Calcutta medical institutions reports 1879-81 [i.e.91]
Year: 1879
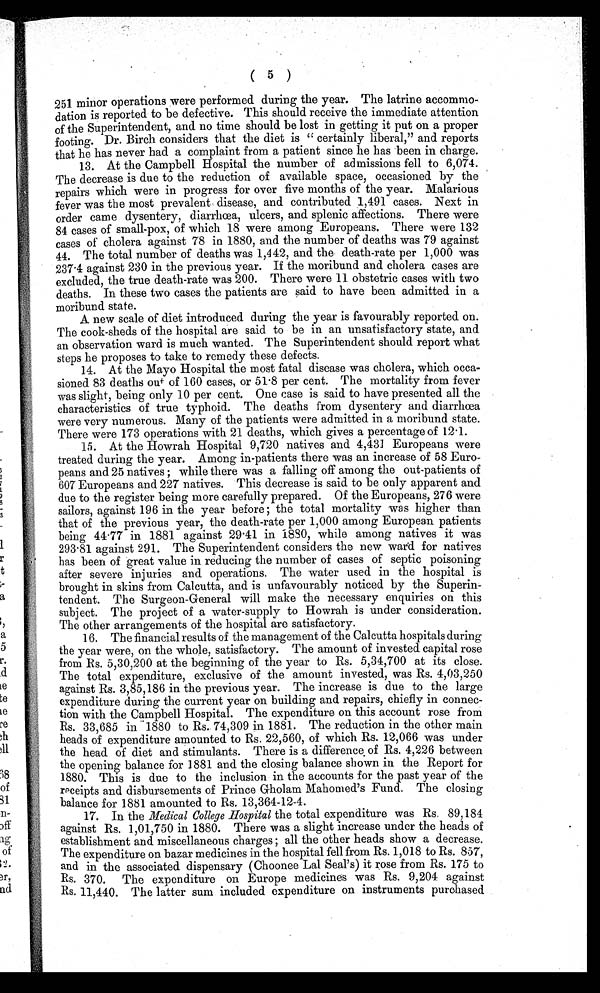
( 5 )
251 minor operations were performed during the year. The latrine accommo-
dation is reported to be defective. This should receive the immediate attention
of the Superintendent, and no time should be lost in getting it put on a proper
footing. Dr. Birch considers that the diet is " certainly liberal," and reports
that he has never had a complaint from a patient since he has been in charge.
13. At the Campbell Hospital the number of admissions fell to 6,074.
The decrease is due to the reduction of available space, occasioned by the
repairs which were in progress for over five months of the year. Malarious
fever was the most prevalent disease, and contributed 1,491 cases. Next in
order came dysentery, diarrhœa, ulcers, and splenic affections. There were
84 cases of small-pox, of which 18 were among Europeans. There were 132
cases of cholera against 78 in 1880, and the number of deaths was 79 against
44. The total number of deaths was 1,442, and the death-rate per 1,000 was
237.4 against 230 in the previous year. If the moribund and cholera cases are
excluded, the true death-rate was 200. There were 11 obstetric cases with two
deaths. In these two cases the patients are said to have been admitted in a
moribund state.
A new scale of diet introduced during the year is favourably reported on.
The cook-sheds of the hospital are said to be in an unsatisfactory state, and
an observation ward is much wanted. The Superintendent should report what
steps he proposes to take to remedy these defects.
14. At the Mayo Hospital the most fatal disease was cholera, which occa-
sioned 83 deaths out of 160 cases, or 51.8 per cent. The mortality from fever
was slight, being only 10 per cent. One case is said to have presented all the
characteristics of true typhoid. The deaths from dysentery and diarrhœa
were very numerous. Many of the patients were admitted in a moribund state.
There were 173 operations with 21 deaths, which gives a percentage of 12.1.
15. At the Howrah Hospital 9,720 natives and 4,431 Europeans were
treated during the year. Among in-patients there was an increase of 58 Euro-
peans and 25 nat i ves; whi l e t her e was a f al l i ng of f among t he out - pat i ent s of
607 Europeans and 227 natives. This decrease is said to be only apparent and
due to the register being more carefully prepared. Of the Europeans, 276 were
sailors, against 196 in the year before; the total mortality was higher than
that of the previous year, the death-rate per 1,000 among European patients
being 44.77 in 1881 against 29.41 in 1880, while among natives it was
293.81 against 291. The Superintendent considers the new ward for natives
has been of great value in reducing the number of cases of septic poisoning
after severe injuries and operations. The water used in the hospital is
brought in skins from Calcutta, and is unfavourably noticed by the Superin-
tendent. The Surgeon-General will make the necessary enquiries on this
subject. The project of a water-supply to Howrah is under consideration.
The other arrangements of the hospital are satisfactory.
16. The financial results of the management of the Calcutta hospitals during
the year were, on the whole, satisfactory. The amount of invested capital rose
from Rs. 5,30,200 at the beginning of the year to Rs. 5,34,700 at its close.
The total expenditure, exclusive of the amount invested, was Rs. 4,03,250
against Rs. 3,85,186 in the previous year. The increase is due to the large
expenditure during the current year on building and repairs, chiefly in connec-
tion with the Campbell Hospital. The expenditure on this account rose from
Rs. 33,685 in 1880 to Rs. 74,309 in 1881. The reduction in the other main
heads of expenditure amounted to Rs. 22,560, of which Rs. 12,066 was under
the head of diet and stimulants. There is a difference of Rs. 4,226 between
the opening balance for 1881 and the closing balance shown in the Report for
1880. This is due to the inclusion in the accounts for the past year of the
receipts and disbursements of Prince Gholam Mahomed's Fund. The closing
balance for 1881 amounted to Rs. 13,364-12-4.
17. In the Medical College Hospital the total expenditure was Rs. 89,184
against Rs. 1,01,750 in 1880. There was a slight increase under the heads of
establishment and miscellaneous charges; all the other heads show a decrease.
The expenditure on bazar medicines in the hospital fell from Rs. 1,018 to Rs. 857,
and in the associated dispensary (Choonee Lal Seal's) it rose from Rs. 175 to
Rs. 370. The expenditure on Europe medicines was Rs. 9,204 against
Rs. 11,440. The latter sum included expenditure on instruments purchased